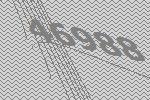
46988